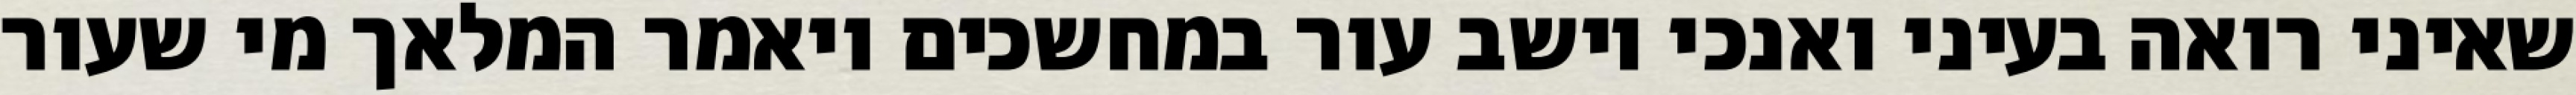
שאיני רואה בעיני ואנכי יושב עור במחשכים ויאמר המלאך מי שעור